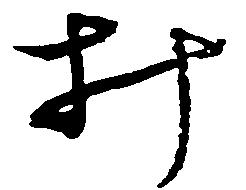
み